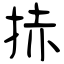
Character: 捇